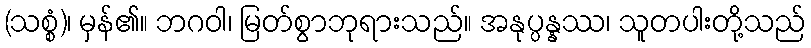
(သစ္စံ)၊ မှန်၏။ ဘဂဝါ၊ မြတ်စွာဘုရားသည်။ အနုပ္ပန္နဿ၊ သူတပါးတို့သည်